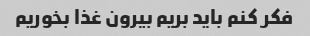
فکر کنم باید بریم بیرون غذا بخوریم